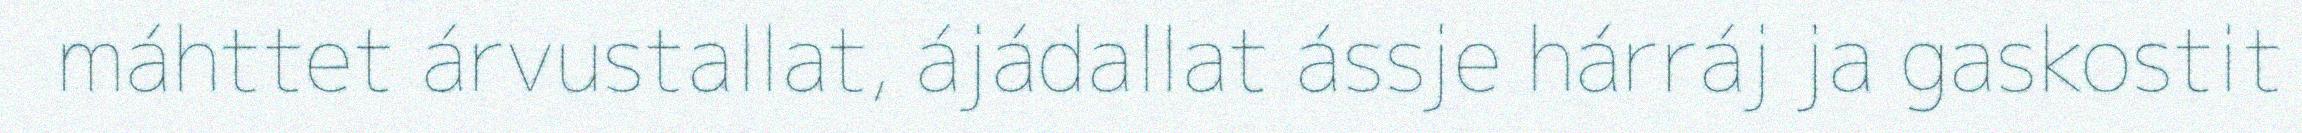
máhttet árvustallat, ájádallat ássje hárráj ja gaskostit